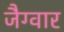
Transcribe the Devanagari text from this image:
जैग्वार